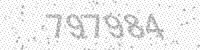
Solution: 797984